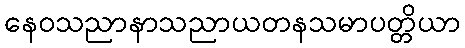
နေဝသညာနာသညာယတနသမာပတ္တိယာ